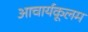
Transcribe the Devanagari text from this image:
आचार्यकूलम